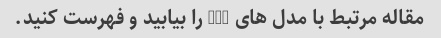
مقاله مرتبط با مدل های GPT را بیابید و فهرست کنید.